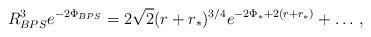
LaTeX: \begin{align*}R^3_{BPS} e^{-2\Phi_{BPS}} =2\sqrt{2} (r + r_*)^{3/4} e^{-2 \Phi_* + 2(r + r_*)} + \ldots\,,\end{align*}